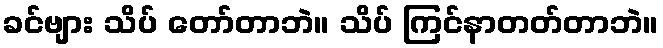
ခင်ဗျား သိပ် တော်တာဘဲ။ သိပ် ကြင်နာတတ်တာဘဲ။